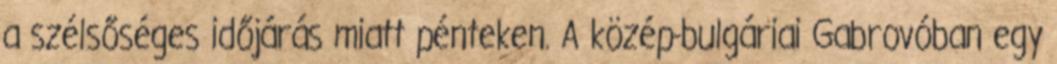
a szélsőséges időjárás miatt pénteken. A közép-bulgáriai Gabrovóban egy